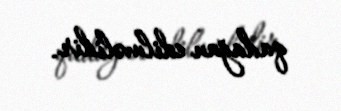
qadağan edilməlidir.